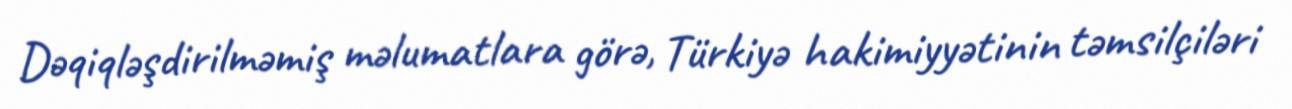
Dəqiqləşdirilməmiş məlumatlara görə, Türkiyə hakimiyyətinin təmsilçiləri